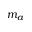
m _ { a }